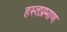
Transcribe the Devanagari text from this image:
हस्तप्रमाण